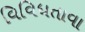
વિવિધતાવા